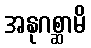
အနုဂစ္ဆာမိ